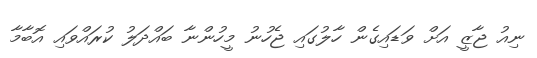
ނިއު ޖާޒީ އަށް ވަޑައިގެން ހާލުގައި ޖެހުނު މީހުންނާ ބައްދަލު ކުރައްވައި އޮބާމާ